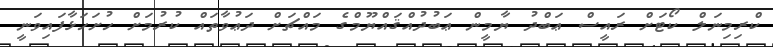
ކްރިމިނަލް ކޯޓަށް ރައީސް ޢަބްދު ޔާމީން ޢަބުދުއްޤައްޔޫމްގެ މައްޗަށް ދަޢުވާތައް ކުރުމަށް ހުށަހަޅާފައިވަނީ